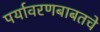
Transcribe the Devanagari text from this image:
पर्यावरणबाबतचे